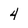
Character: 4